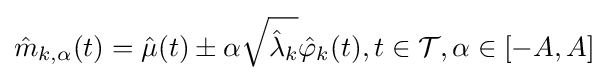
{\hat {m}}_{k,\alpha }(t)={\hat {\mu }}(t)\pm \alpha {\sqrt {{\hat {\lambda }}_{k}}}{\hat {\varphi }}_{k}(t),t\in {\mathcal {T}},\alpha \in [-A,A]